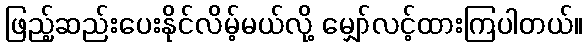
ဖြည့်ဆည်းပေးနိုင်လိမ့်မယ်လို့ မျှော်လင့်ထားကြပါတယ်။